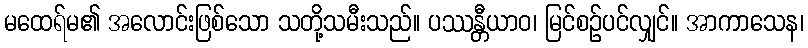
မထေရ်မ၏ အလောင်းဖြစ်သော သတို့သမီးသည်။ ပဿန္တီယာဝ၊ မြင်စဉ်ပင်လျှင်။ အာကာသေန၊